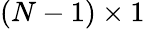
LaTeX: (N-1)\times 1